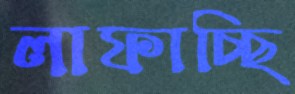
লাফাচ্ছি